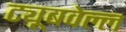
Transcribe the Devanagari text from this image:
ट्यूबवेल्ल